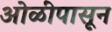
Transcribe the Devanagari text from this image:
ओळींपासून